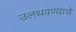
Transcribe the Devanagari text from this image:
उलथवण्याचे